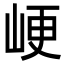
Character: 峺